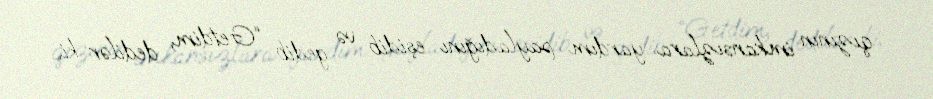
qızının imkansızlara yardım payladığını eşidib və gedib: “Getdim, dedilər ki,